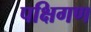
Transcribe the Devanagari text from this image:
पक्षिगण